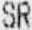
SR